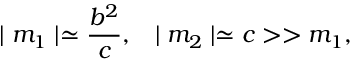
\mid m _ { 1 } \mid \simeq \frac { b ^ { 2 } } { c } , \; \; \; \mid m _ { 2 } \mid \simeq c > > m _ { 1 } ,